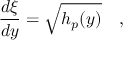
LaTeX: { \frac { d \xi } { d y } } = \sqrt { h _ { p } ( y ) } \quad ,